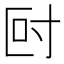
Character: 尀